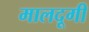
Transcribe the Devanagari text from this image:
मालदूगी